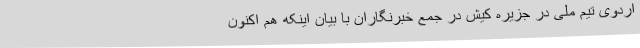
اردوی تیم ملی در جزیره کیش در جمع خبرنگاران با بیان اینکه هم اکنون